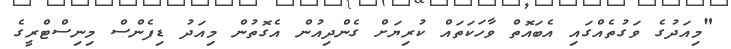
"މިއަދުގެ ވަގުތެއްގައި އެބައޮތް ވާހަކަތައް ކުރިޔަށް ގެންދިއުން އެގޮތުން މިއަދު ޑިފެންސް މިނިސްޓްރީގެ